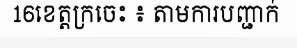
16ខេត្តក្រចេះ ៖ តាមការបញ្ជាក់